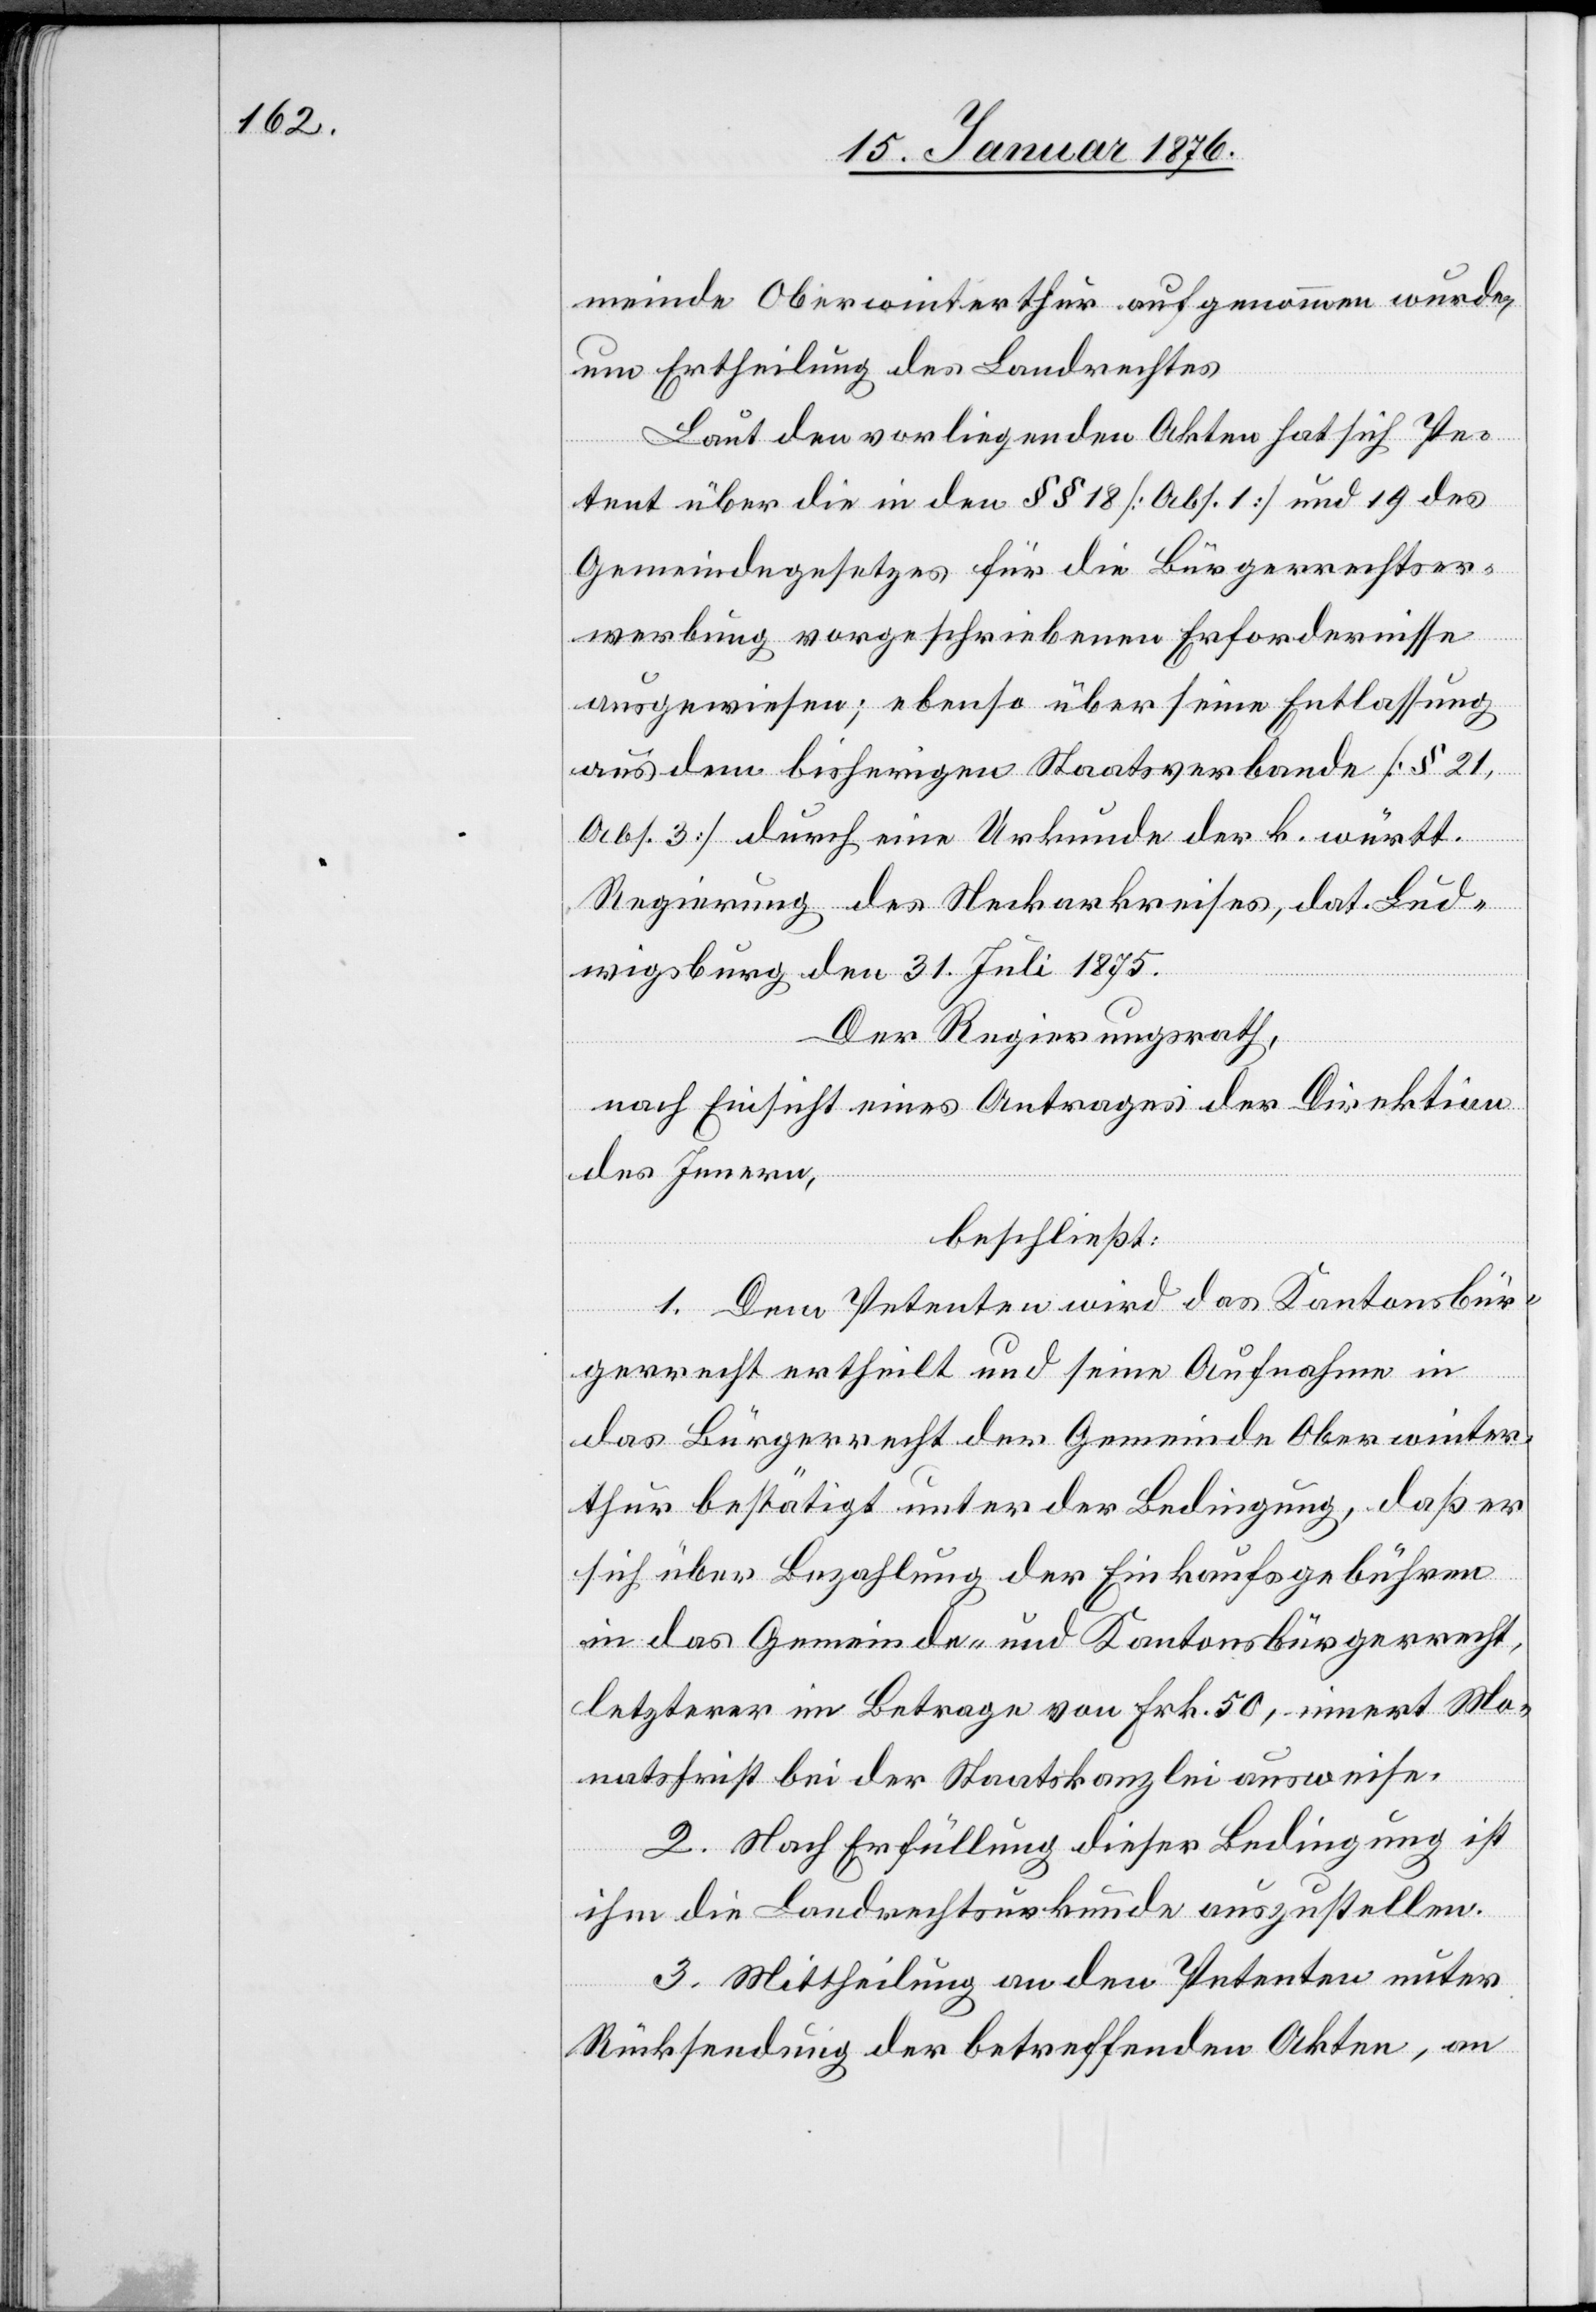
meinde Oberwinterthur aufgenommen wurde,
um Ertheilung des Landrechtes.
Laut den vorliegenden Akten hat sich Pe¬
tent über die in den §§ 18 [Abs. 1] und 19 des
Gemeindegesetzes für die Bürgerrechtser¬
werbung vorgeschriebenen Erfordernisse
ausgewiesen; ebenso über seine Entlassung
aus dem bisherigen Staatsverbande [§ 21,
Abs. 3] durch eine Urkunde der k. württ.
Regierung des Neckarkreises, dat. Lud¬
wigsburg den 31. Juli 1875.
Der Regierungsrath,
nach Einsicht eines Antrages der Direktion
des Innern,
beschließt:
1. Dem Petenten wird das Kantonsbür¬
gerrecht ertheilt und seine Aufnahme in
das Bürgerrecht der Gemeinde Oberwinter¬
thur bestätigt unter der Bedingung, daß er
sich über Bezahlung der Einkaufsgebühren
in das Gemeinde- und Kantonsbürgerrecht,
letzterer im Betrage von Frk. 50, innert Mo¬
natsfrist bei der Staatskanzlei ausweise.
2. Nach Erfüllung dieser Bedingung ist
ihm die Landrechtsurkunde auszustellen.
3. Mittheilung an den Petenten unter
Rücksendung der betreffenden Akten, an